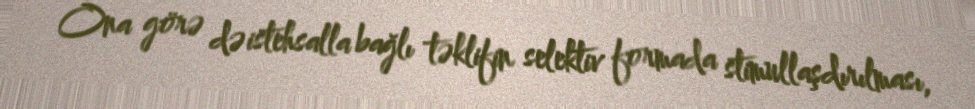
Ona görə də istehsalla bağlı təklifin selektiv formada stimullaşdırılması,